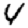
Digit: 4